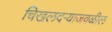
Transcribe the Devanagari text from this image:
चिखलदऱ्याजवळील